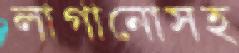
লাগানোসহ